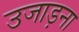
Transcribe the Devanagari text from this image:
उजाड़ना